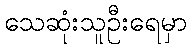
သေဆုံးသူဦးရေမှာ